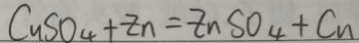
C u S O _ { 4 } + Z n = Z n S O _ { 4 } + C u